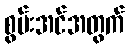
စွမ်းအင်အတွက်